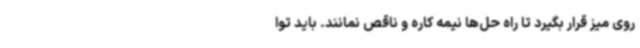
روی میز قرار بگیرد تا راه حل‌ها نیمه کاره و ناقص نمانند. باید توا